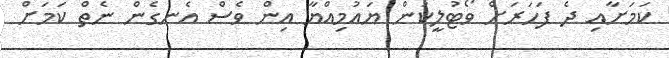
ކަމަށާއި ދެ ފަހަރަށް ވޯޓުލީކަން ޔައުމިއްޔާ އިން ވެސް އެނގެން ނެތް ކަމަށް